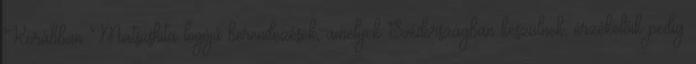
Korábban Matsushita logójú berendezések, amelyek Svédországban készülnek, érzékelőik pedig